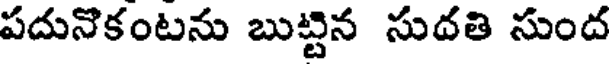
పదునొకంటను బుట్టిన సుదతి సుంద